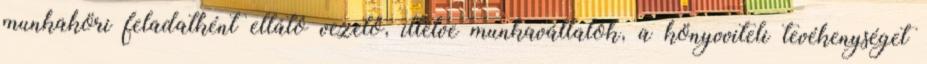
munkaköri feladatként ellátó vezető, illetve munkavállalók, a könyvviteli tevékenységet